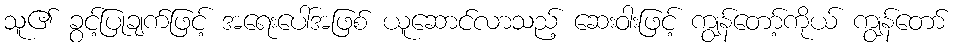
သူ၏ ခွင့်ပြုချက်ဖြင့် အရေးပေါ်အဖြစ် ယူဆောင်လာသည့် ဆေးဝါးဖြင့် ကျွန်တော့်ကိုယ် ကျွန်တော်